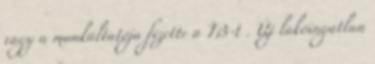
vagy a munkáltatója fizette a TB-t . Új lakóingatlan